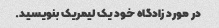
در مورد زادگاه خود یک لیمریک بنویسید.